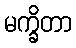
မက္ခိတာ